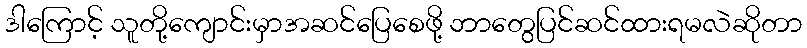
ဒါကြောင့် သူတို့ကျောင်းမှာအဆင်ပြေစေဖို့ ဘာတွေပြင်ဆင်ထားရမလဲဆိုတာ